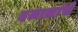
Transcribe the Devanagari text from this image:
दलालांचे